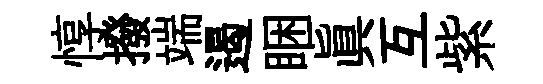
惇撥端遏睏真互紫